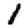
Digit: 1